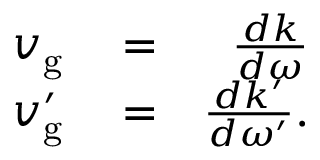
\begin{array} { r l r } { v _ { \mathrm { g } } } & { { } = } & { \frac { d k } { d \omega } } \\ { v _ { \mathrm { g } } ^ { \prime } } & { { } = } & { \frac { d k ^ { \prime } } { d \omega ^ { \prime } } . } \end{array}